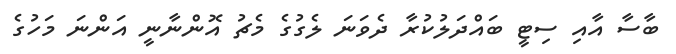
ބާސާ އާއި ސިޓީ ބައްދަލުކުރާ ދެވަނަ ލެގުގެ މެޗު އޮންނާނީ އަންނަ މަހުގެ